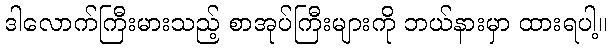
ဒါလောက်ကြီးမားသည့် စာအုပ်ကြီးများကို ဘယ်နားမှာ ထားရပါ့။